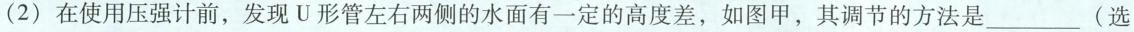
(2)在使用压强计前，发现U形管左右两侧的水面有一定的高度差，如图甲，其调节的方法是____(选